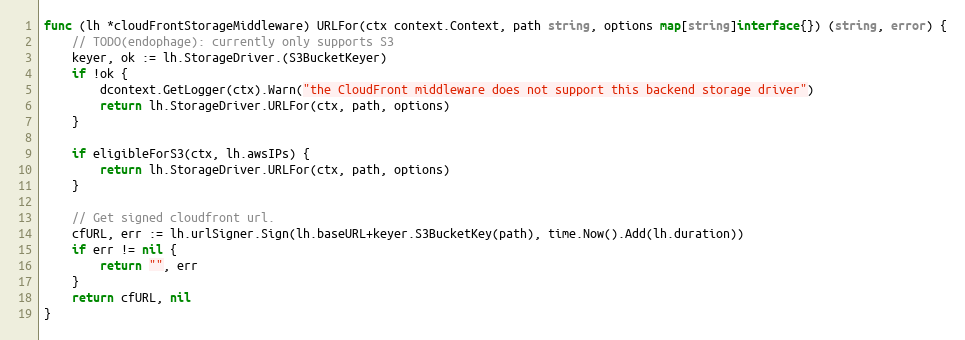
Language: Go
func (lh *cloudFrontStorageMiddleware) URLFor(ctx context.Context, path string, options map[string]interface{}) (string, error) {
	// TODO(endophage): currently only supports S3
	keyer, ok := lh.StorageDriver.(S3BucketKeyer)
	if !ok {
		dcontext.GetLogger(ctx).Warn("the CloudFront middleware does not support this backend storage driver")
		return lh.StorageDriver.URLFor(ctx, path, options)
	}

	if eligibleForS3(ctx, lh.awsIPs) {
		return lh.StorageDriver.URLFor(ctx, path, options)
	}

	// Get signed cloudfront url.
	cfURL, err := lh.urlSigner.Sign(lh.baseURL+keyer.S3BucketKey(path), time.Now().Add(lh.duration))
	if err != nil {
		return "", err
	}
	return cfURL, nil
}